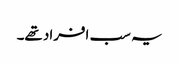
یہ سب افراد تھے۔